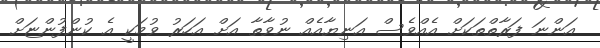
އަންނަ ފަރާތްތަކަށް އެއްވެސް އަނިޔާއެއް ނުވާތާ އަށް އަހަރު ވުމަކީ އެ ކުންފުންޏަށް